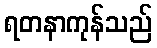
ရတနာကုန်သည်